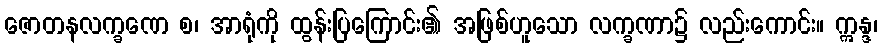
ဇောတနလက္ခဏေ စ၊ အာရုံကို ထွန်းပြကြောင်း၏ အဖြစ်ဟူသော လက္ခဏာ၌ လည်းကောင်း။ ဣန္ဒ၊